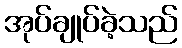
အုပ်ချုပ်ခဲ့သည်